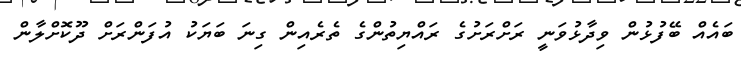
ބައެއް ބޭފުޅުން ވިދާޅުވަނީ ރަށްރަށުގެ ރައްޔިތުންގެ ތެރެއިން ގިނަ ބަޔަކު އުފަންރަށް ދޫކޮށްލާން